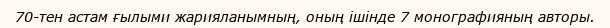
70-тен астам ғылыми жарияланымның, оның ішінде 7 монографияның авторы.